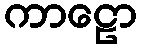
ကာဠော